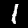
Digit: 1